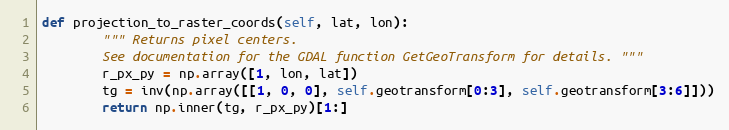
Language: Python
def projection_to_raster_coords(self, lat, lon):
        """ Returns pixel centers.
        See documentation for the GDAL function GetGeoTransform for details. """
        r_px_py = np.array([1, lon, lat])
        tg = inv(np.array([[1, 0, 0], self.geotransform[0:3], self.geotransform[3:6]]))
        return np.inner(tg, r_px_py)[1:]